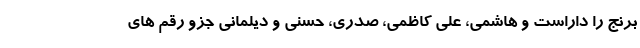
برنج را داراست و هاشمی، علی کاظمی، صدری، حسنی و دیلمانی جزو رقم های